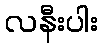
လနီးပါး